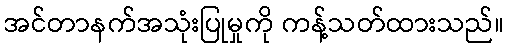
အင်တာနက်အသုံးပြုမှုကို ကန့်သတ်ထားသည်။